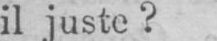
il juste?